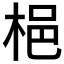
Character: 𱣝